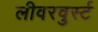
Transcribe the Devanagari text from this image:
लीवरवुर्स्ट